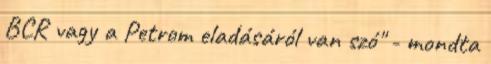
BCR vagy a Petrom eladásáról van szó" - mondta